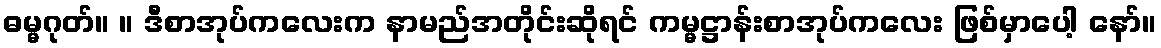
ဓမ္မဂုတ်။ ။ ဒီစာအုပ်ကလေးက နာမည်အတိုင်းဆိုရင် ကမ္မဋ္ဌာန်းစာအုပ်ကလေး ဖြစ်မှာပေါ့ နော်။